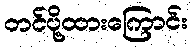
တင်ပို့ထားကြောင်း